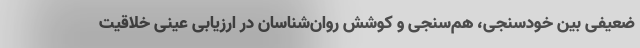
ضعیفی بین خودسنجی، هم‌سنجی و کوشش روان‌شناسان در ارزیابی عینی خلاقیت